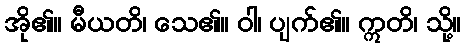
အို၏။ မီယတိ၊ သေ၏။ ဝါ၊ ပျက်၏။ ဣတိ၊ သို့။